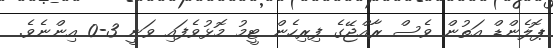
ޕޮލެންޑް އަތުން ވެސް ރާއްޖޭގެ ފިރިހެން ޓީމު މޮޅުވެފައި ވަނީ 3-0 އިންނެވެ.